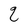
Character: q